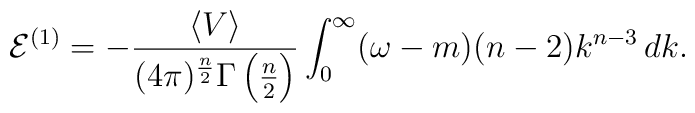
{\cal E}^{(1)} = -\frac{\langle V \rangle }{(4\pi)^\frac{n}{2}\Gamma\left(\frac{n}{2}\right)} \int_0^\infty (\omega - m)(n-2) k^{n-3} \, dk.